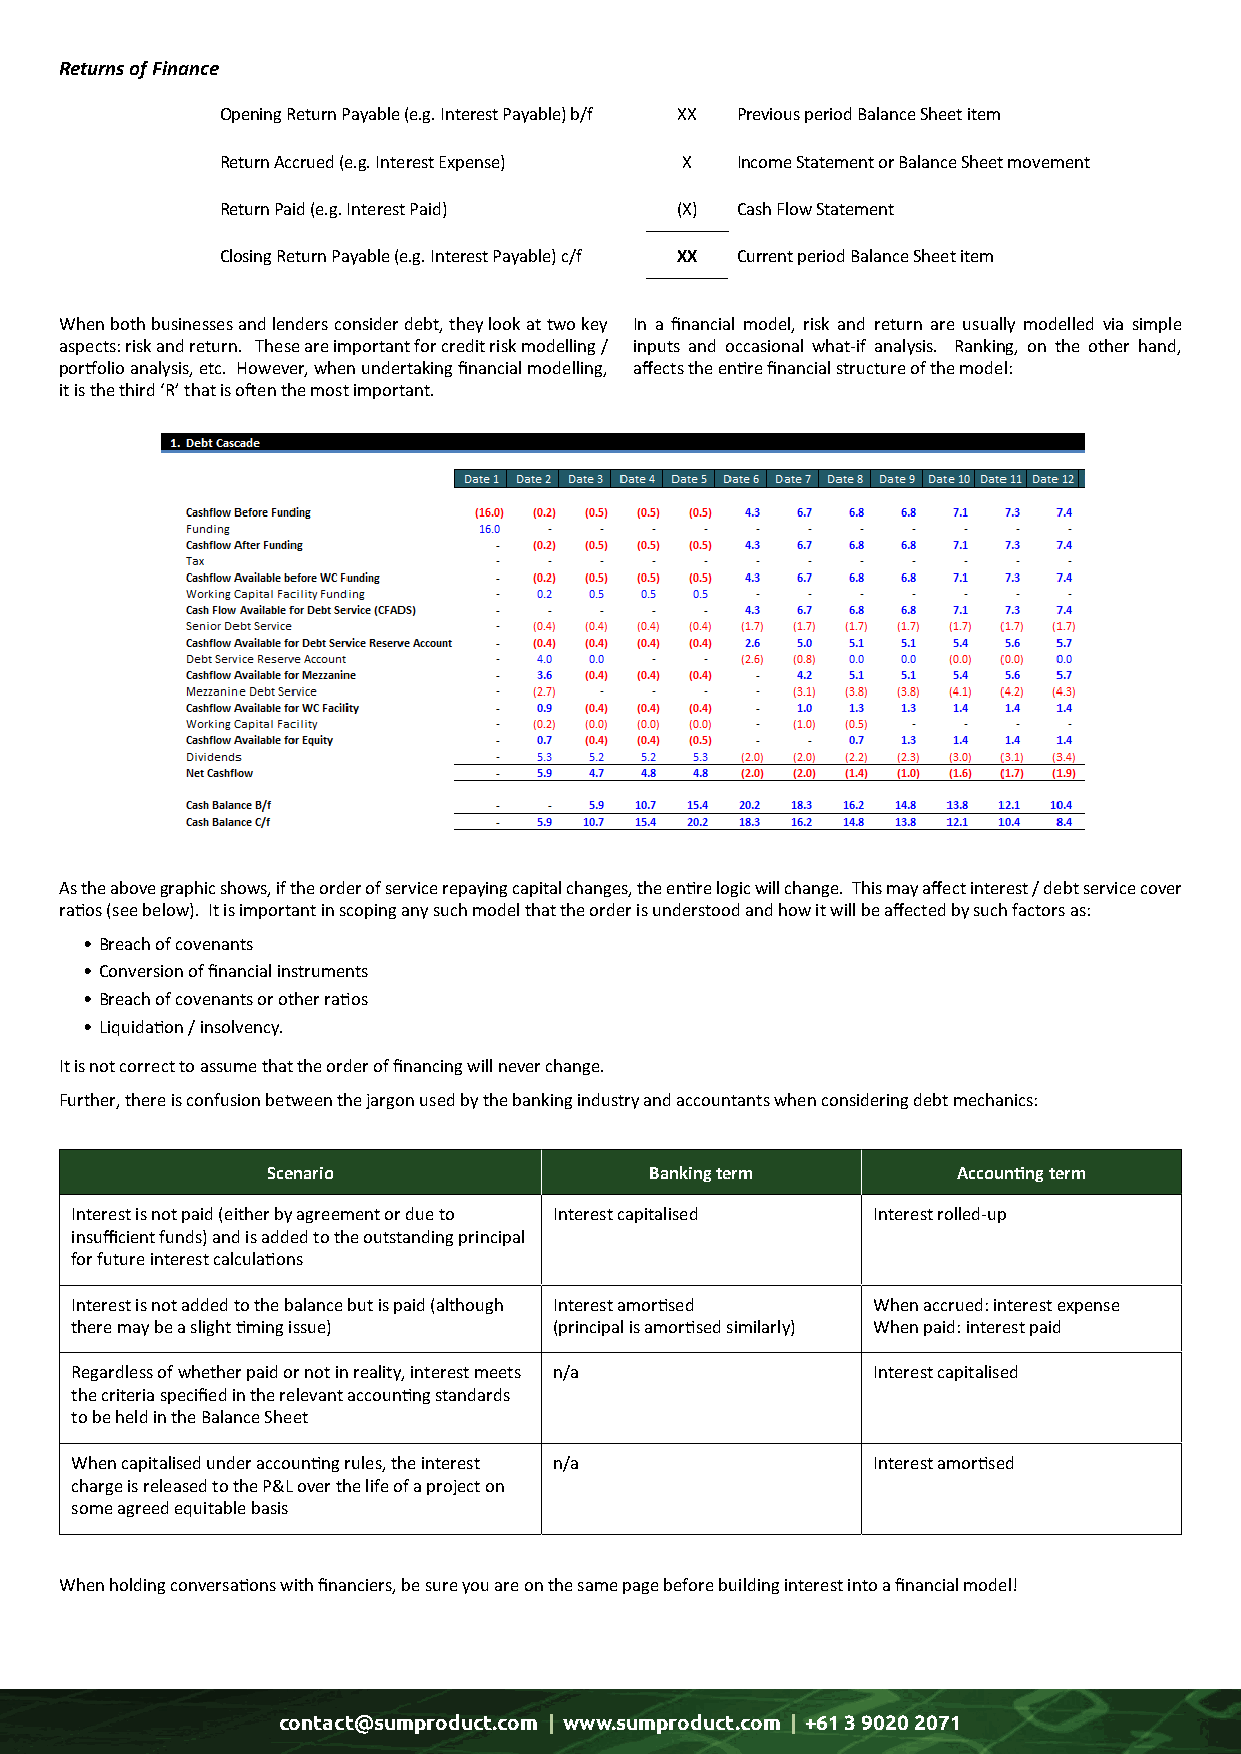
Returns of Finance
 Opening Return Payable (e.g. Interest Payable) b/f XX Previous period Balance Sheet item
 Return Accrued (e.g. Interest Expense) X Income Statement or Balance Sheet movement
 Return Paid (e.g. Interest Paid) (X) Cash Flow Statement
 Closing Return Payable (e.g. Interest Payable) c/f XX Current period Balance Sheet item
 When both businesses and lenders consider debt, they look at two key In a financial model, risk and return are usually modelled via simple
 aspects: risk and return. These are important for credit risk modelling / inputs and occasional what-if analysis. Ranking, on the other hand,
 portfolio analysis, etc. However, when undertaking financial modelling, affects the entire financial structure of the model:
 it is the third ‘R’ that is often the most important.
 As the above graphic shows, if the order of service repaying capital changes, the entire logic will change. This may affect interest / debt service cover
 ratios (see below). It is important in scoping any such model that the order is understood and how it will be affected by such factors as:
 • Breach of covenants
 • Conversion of financial instruments
 • Breach of covenants or other ratios
 • Liquidation / insolvency.
 It is not correct to assume that the order of financing will never change.
 Further, there is confusion between the jargon used by the banking industry and accountants when considering debt mechanics:
 Scenario                 Banking term        Accounting term
 Interest is not paid (either by agreement or due to Interest capitalised Interest rolled-up
 insufficient funds) and is added to the outstanding principal
 for future interest calculations
 Interest is not added to the balance but is paid (although Interest amortised When accrued: interest expense
 there may be a slight timing issue) (principal is amortised similarly) When paid: interest paid
 Regardless of whether paid or not in reality, interest meets n/a Interest capitalised
 the criteria specified in the relevant accounting standards
 to be held in the Balance Sheet
 When capitalised under accounting rules, the interest n/a Interest amortised
 charge is released to the P&L over the life of a project on
 some agreed equitable basis
 When holding conversations with financiers, be sure you are on the same page before building interest into a financial model!
 contact@sumproduct.com | www.sumproduct.com | +61 3 9020 2071